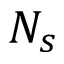
N _ { s }